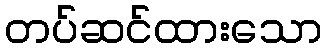
တပ်ဆင်ထားသော